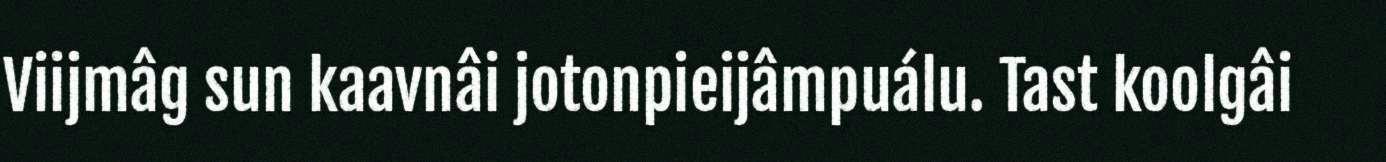
Viijmâg sun kaavnâi jotonpieijâmpuálu. Tast koolgâi